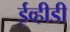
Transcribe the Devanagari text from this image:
ईव्हीडी